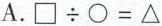
A.$$\Box \div \bigcirc = \triangle$$